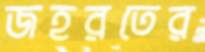
জহরতের